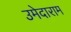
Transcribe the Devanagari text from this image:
उमेदाराम